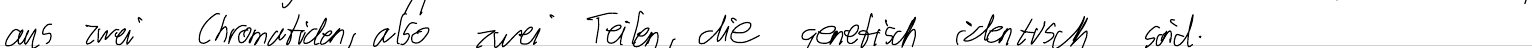
aus zwei Chromatiden, also zwei Teilen, die genetisch identisch sind.